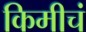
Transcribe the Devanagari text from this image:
किमीचं